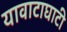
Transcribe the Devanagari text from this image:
यावाटाघाटी